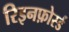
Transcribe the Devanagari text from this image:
रिइनफ़ोर्स्ड